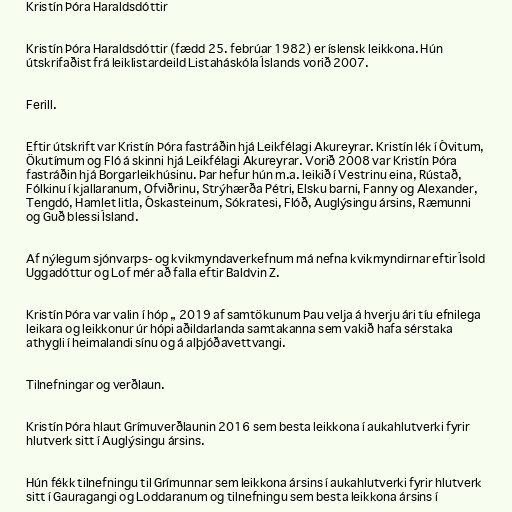
Kristín Þóra Haraldsdóttir

Kristín Þóra Haraldsdóttir (fædd 25. febrúar 1982) er íslensk leikkona. Hún
útskrifaðist frá leiklistardeild Listaháskóla Íslands vorið 2007.

Ferill.

Eftir útskrift var Kristín Þóra fastráðin hjá Leikfélagi Akureyrar. Kristín lék í Óvitum,
Ökutímum og Fló á skinni hjá Leikfélagi Akureyrar. Vorið 2008 var Kristín Þóra
fastráðin hjá Borgarleikhúsinu. Þar hefur hún m.a. leikið í Vestrinu eina, Rústað,
Fólkinu í kjallaranum, Ofviðrinu, Strýhærða Pétri, Elsku barni, Fanny og Alexander,
Tengdó, Hamlet litla, Óskasteinum, Sókratesi, Flóð, Auglýsingu ársins, Ræmunni
og Guð blessi Ísland.

Af nýlegum sjónvarps- og kvikmyndaverkefnum má nefna kvikmyndirnar eftir Ísold
Uggadóttur og Lof mér að falla eftir Baldvin Z.

Kristín Þóra var valin í hóp „ 2019 af samtökunum Þau velja á hverju ári tíu efnilega
leikara og leikkonur úr hópi aðildarlanda samtakanna sem vakið hafa sérstaka
athygli í heimalandi sínu og á alþjóðavettvangi.

Tilnefningar og verðlaun.

Kristín Þóra hlaut Grímuverðlaunin 2016 sem besta leikkona í aukahlutverki fyrir
hlutverk sitt í Auglýsingu ársins.

Hún fékk tilnefningu til Grímunnar sem leikkona ársins í aukahlutverki fyrir hlutverk
sitt í Gauragangi og Loddaranum og tilnefningu sem besta leikkona ársins í